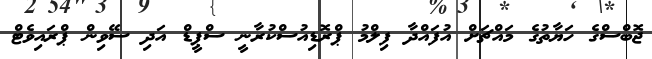
ޖޮބްސްގެ ހަޔާތުގެ މައްޗަށް އުފައްދާ ފިލްމު ޕްރޮޑިއުސްކުރާނީ ސްޕީޑް އަދި ސޭވިން ޕްރައިވެޓް